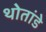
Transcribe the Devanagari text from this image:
थोतांडे